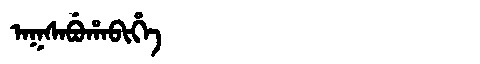
Manchu: ᠠᡴᠰᠠᠪᡠᡥᠠᠪᡳᡥᡝ
Romanization: AKSABUHABIHE